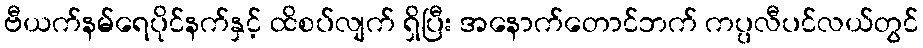
ဗီယက်နမ်ရေပိုင်နက်နှင့် ထိစပ်လျက် ရှိပြီး အနောက်တောင်ဘက် ကပ္ပလီပင်လယ်တွင်